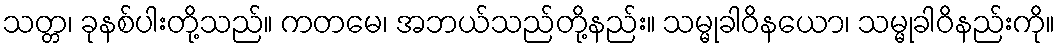
သတ္တ၊ ခုနစ်ပါးတို့သည်။ ကတမေ၊ အဘယ်သည်တို့နည်း။ သမ္မုခါဝိနယော၊ သမ္မုခါဝိနည်းကို။